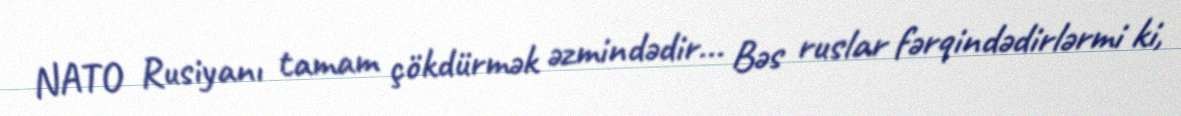
NATO Rusiyanı tamam çökdürmək əzmindədir... Bəs ruslar fərqindədirlərmi ki,